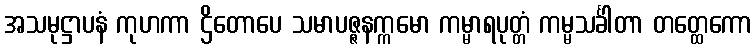
အသမုဋ္ဌာပနံ ကုဟကာ ဌိတောပေ သမာပဇ္ဇနက္ကမော ကမ္မာရပုတ္တံ ကမ္မသင်္ခါတာ တတ္ထေကော